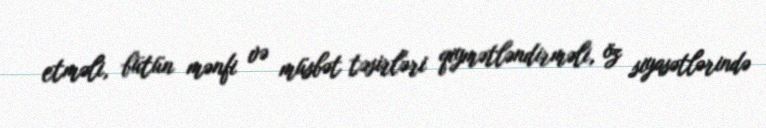
etməli, bütün mənfi və müsbət təsirləri qiymətləndirməli, öz siyasətlərində